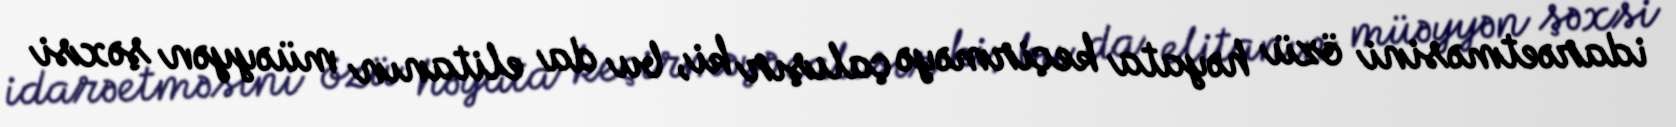
idarəetməsini özü həyata keçirməyə çalışır ki, bu da elitanın müəyyən şəxsi